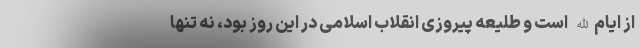
از ایام‌الله است و طلیعه پیروزی انقلاب اسلامی در این روز بود، نه تنها